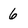
Character: 6